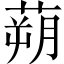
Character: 蒴